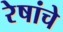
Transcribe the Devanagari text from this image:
रेषांचे